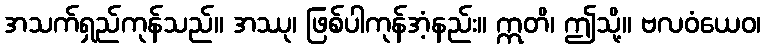
အသက်ရှည်ကုန်သည်။ အဿု၊ ဖြစ်ပါကုန်အံ့နည်း။ ဣတိ၊ ဤသို့။ ဗလဝံယေဝ၊